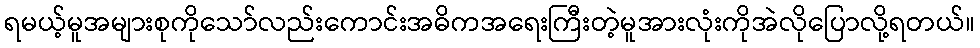
ရမယ့်မူအများစုကိုသော်လည်းကောင်းအဓိကအရေးကြီးတဲ့မူအားလုံးကိုအဲလိုပြောလို့ရတယ်။